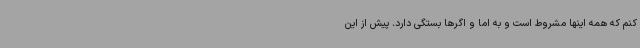
کنم که همه اینها مشروط است و به اما و اگرها بستگی دارد. پیش از این